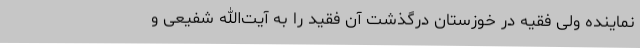
نماینده ولی فقیه در خوزستان درگذشت آن فقید را به آیت‌الله شفیعی و